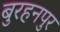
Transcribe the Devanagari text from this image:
बुरहनपुर